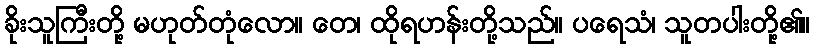
ခိုးသူကြီးတို့ မဟုတ်တုံလော။ တေ၊ ထိုရဟန်းတို့သည်။ ပရေသံ၊ သူတပါးတို့၏။